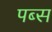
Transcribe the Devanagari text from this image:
पब्स